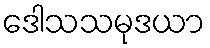
ဒေါသသမုဒယာ